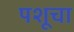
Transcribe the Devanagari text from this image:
पशूचा